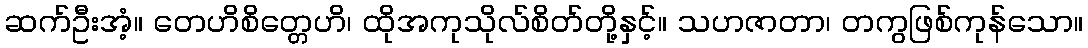
ဆက်ဦးအံ့။ တေဟိစိတ္တေဟိ၊ ထိုအကုသိုလ်စိတ်တို့နှင့်။ သဟဇာတာ၊ တကွဖြစ်ကုန်သော။